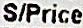
S/PRICE